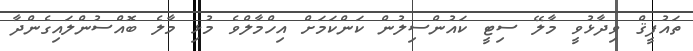
ތައުފީޤް ވިދާޅުވީ މާލޭ ސިޓީ ކައުންސިލުން ކަންކަމަށް އިހްމާލްވެ މުޅި މާލެ ބޮއްސުންލައިގެންދާ